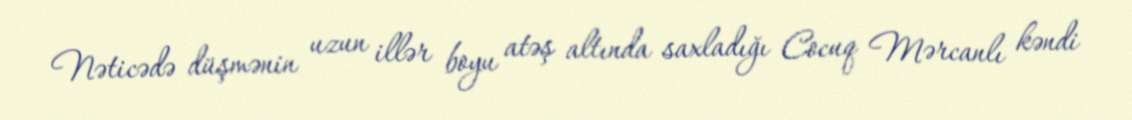
Nəticədə düşmənin uzun illər boyu atəş altında saxladığı Cocuq Mərcanlı kəndi